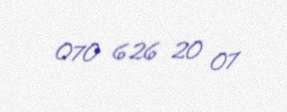
070 626 20 07